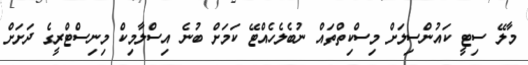
މާލޭ ސިޓީ ކައުންސިލަށް މިސްކިތްތައް ނުބެލެހެއްޓޭ ކަމަށް ބުނެ އިސްލާމިކް މިނިސްޓްރީގެ ދަށަށް